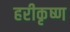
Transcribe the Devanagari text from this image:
हरीकृष्ण